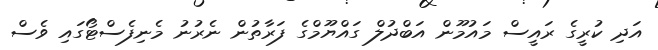
އަދި ކުރީގެ ރައީސް މައުމޫން އަބްދުލް ގައްޔޫމްގެ ފަރާތުން ނެރުނު މެނިފެސްޓޯގައި ވެސް